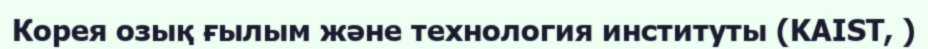
Корея озық ғылым және технология институты (KAIST, )